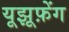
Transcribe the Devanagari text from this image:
यूझूफ़ेंग